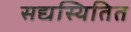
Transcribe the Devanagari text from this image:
सद्यस्थितित